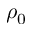
\rho _ { 0 }